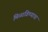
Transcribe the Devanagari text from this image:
मिळाविण्याचा